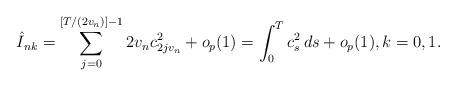
LaTeX: \begin{align*} \hat{I}_{nk}=\sum^{[{T}/{(2v_n)}]-1}_{j=0}2v_nc_{2jv_n}^2+o_p(1)=\int^T_0c_s^2\,ds+o_p(1),k=0, 1.\end{align*}